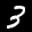
Label: 3